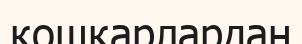
қошқарлардан